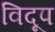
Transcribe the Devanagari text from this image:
विदूप